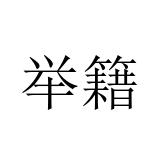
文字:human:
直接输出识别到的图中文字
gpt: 举籍